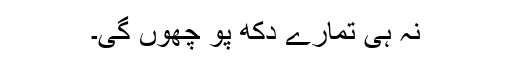
نہ ہی تمارے دکھ پو چھوں گی۔